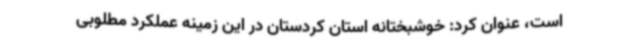
است، عنوان کرد: خوشبختانه استان کردستان در این زمینه عملکرد مطلوبی